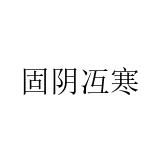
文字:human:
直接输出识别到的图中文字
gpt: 固阴冱寒